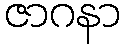
ဇာဂနာ